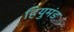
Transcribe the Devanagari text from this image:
हियुमंड